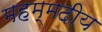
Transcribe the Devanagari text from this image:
महम्मदीय